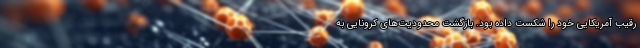
رقیب آمریکایی خود را شکست داده بود. بازگشت محدودیت‌های کرونایی به